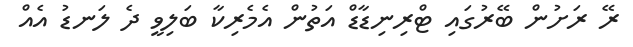
ރޭ ރަށުން ބޭރުގައި ޓްރިނިޑާޑް އަތުން އެމެރިކާ ބަލިވީ ދެ ލަނޑު އެއް